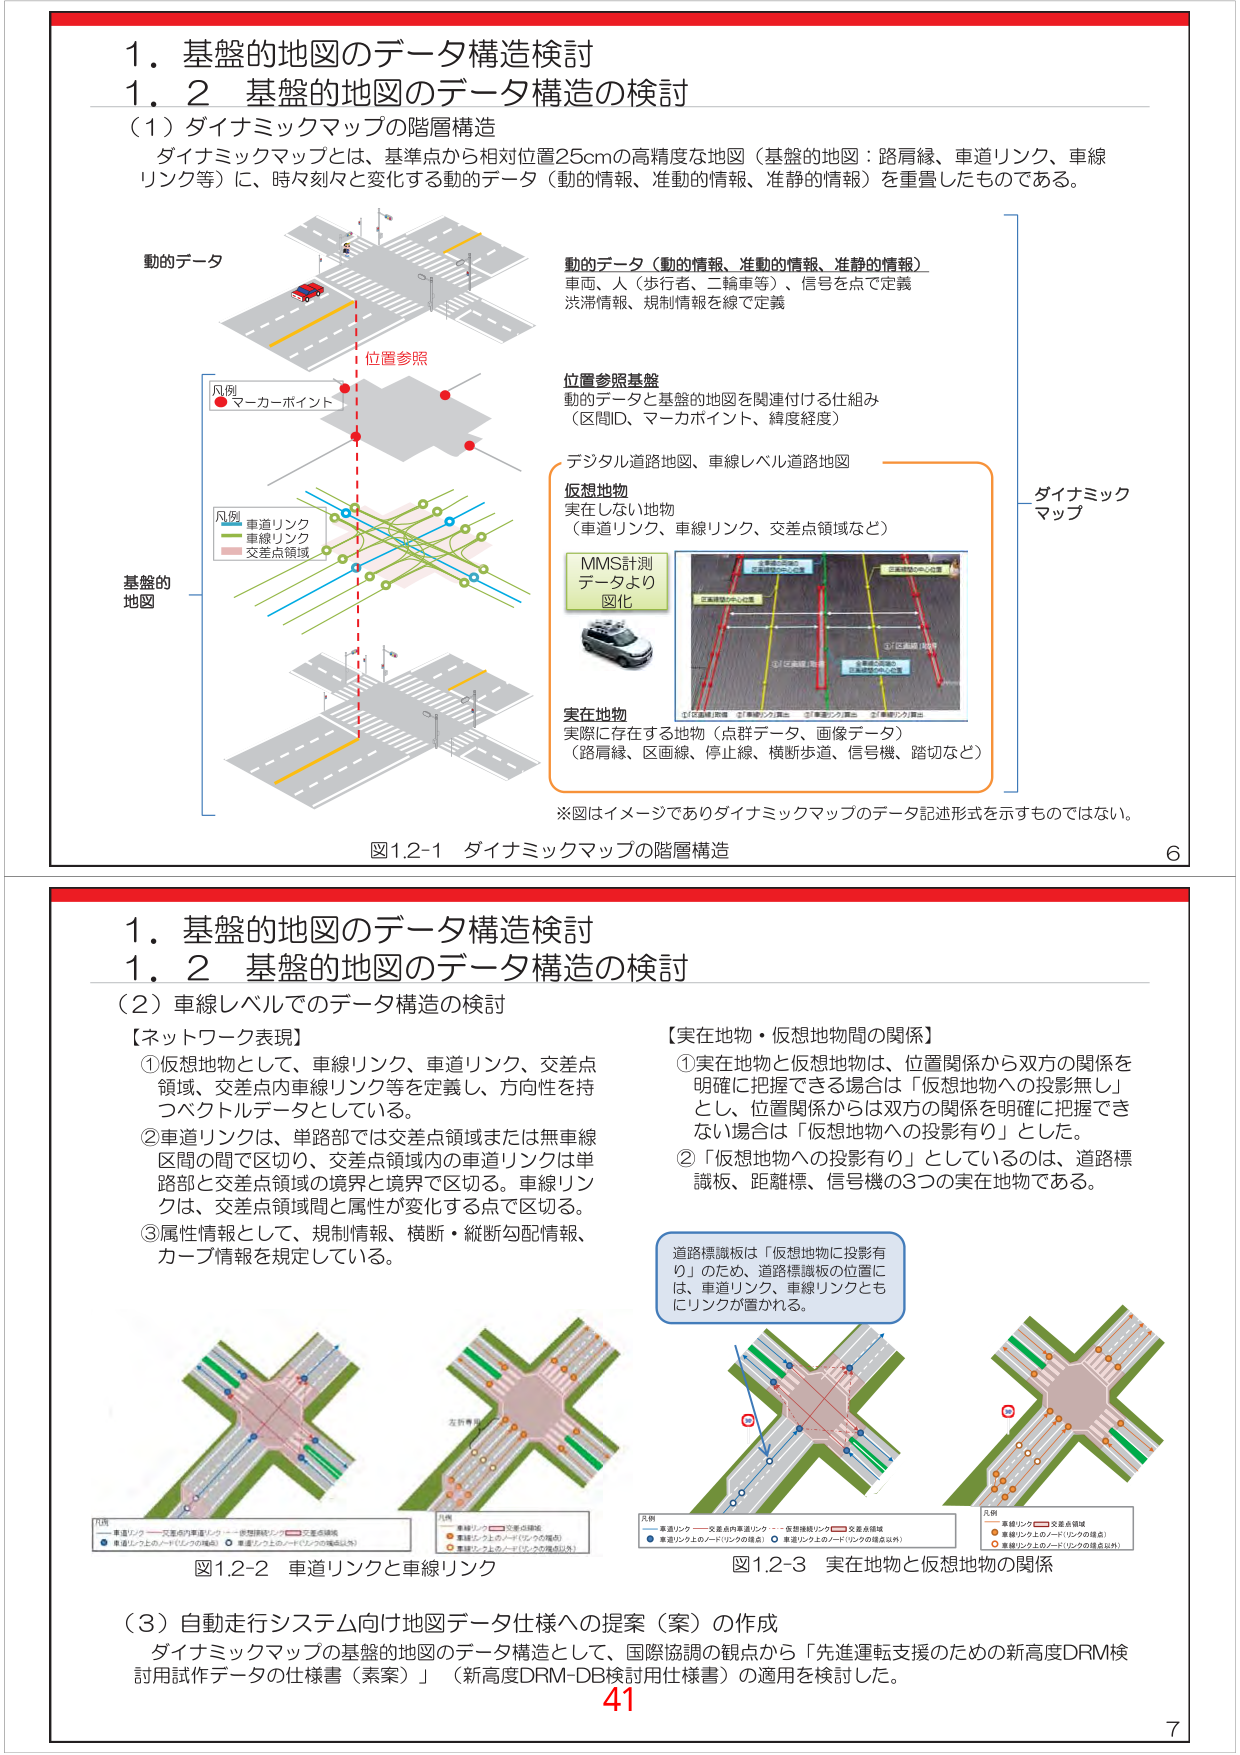
1. 基盤的地図のデータ構造検討
1.2 基盤的地図のデータ構造の検討

（1）ダイナミックマップの階層構造
ダイナミックマップとは、基準点から相対位置25cmの高精度な地図（基盤的地図：路肩縁、車道リンク、車線リンク等）に、時々刻々と変化する動的データ（動的情報、准動的情報、准静的情報）を重畳したものである。

動的データ
位置参照
凡例
● マーカーポイント

基盤的
地図
凡例
■ 車道リンク
■ 車線リンク
■ 交差点領域

動的データ（動的情報、准動的情報、准静的情報）
車両、人（歩行者、二輪車等）、信号を点で定義
渋滞情報、規制情報を線で定義

位置参照基盤
動的データと基盤的地図を関連付ける仕組み
（区間ID、マーカポイント、緯度経度）

デジタル道路地図、車線レベル道路地図

仮想地物
実在しない地物
（車道リンク、車線リンク、交差点領域など）

MMS計測
データより
図化

実在地物
実際に存在する地物（点群データ、画像データ）
（路肩縁、区画線、停止線、横断歩道、信号機、踏切など）

※図はイメージでありダイナミックマップのデータ記述形式を示すものではない。

図1.2-1 ダイナミックマップの階層構造

6

1. 基盤的地図のデータ構造検討
1.2 基盤的地図のデータ構造の検討

（2）車線レベルでのデータ構造の検討

【ネットワーク表現】
①仮想地物として、車線リンク、車道リンク、交差点領域、交差点内車線リンク等を定義し、方向性を持つベクトルデータとしている。
②車道リンクは、単路部では交差点領域または無車線区間の間で区切り、交差点領域内の車道リンクは単路部と交差点領域の境界と境界で区切る。車線リンクは、交差点領域間と属性が変化する点で区切る。
③属性情報として、規制情報、横断・縦断勾配情報、カーブ情報を規定している。

【実在地物・仮想地物間の関係】
①実在地物と仮想地物は、位置関係から双方の関係を明確に把握できる場合は「仮想地物への投影無し」とし、位置関係からは双方の関係を明確に把握できない場合は「仮想地物への投影有り」とした。
②「仮想地物への投影有り」としているのは、道路標識板、距離標、信号機の3つの実在地物である。

道路標識板は「仮想地物に投影有り」のため、道路標識板の位置には、車道リンク、車線リンクともにリンクが置かれる。

凡例
■ 車道リンク ■ 交差点内車道リンク ■ 仮想地物リンク ■ 交差点領域
● 車道リンク上のノード（リンクの端点） ● 車道リンク上のノード（リンクの端点以外）

凡例
■ 車線リンク ■ 交差点領域
● 車線リンク上のノード（リンクの端点） ● 車線リンク上のノード（リンクの端点以外）

凡例
■ 車道リンク ■ 交差点内車道リンク ■ 仮想地物リンク ■ 交差点領域
● 車道リンク上のノード（リンクの端点） ● 車道リンク上のノード（リンクの端点以外）

凡例
■ 車線リンク ■ 交差点領域
● 車線リンク上のノード（リンクの端点） ● 車線リンク上のノード（リンクの端点以外）

図1.2-2 車道リンクと車線リンク
図1.2-3 実在地物と仮想地物の関係

（3）自動走行システム向け地図データ仕様への提案（案）の作成
ダイナミックマップの基盤的地図のデータ構造として、国際協調の観点から「先進運転支援のための新高度DRM検討用試作データの仕様書（素案）」（新高度DRM-DB検討用仕様書）の適用を検討した。

41
7